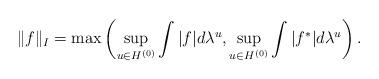
LaTeX: \begin{gather*}\|f\|_I=\max\left(\sup_{u\in H^{(0)}}\int |f| d\lambda^u, \sup_{u\in H^{(0)}}\int |f^*| d\lambda^u\right).\end{gather*}